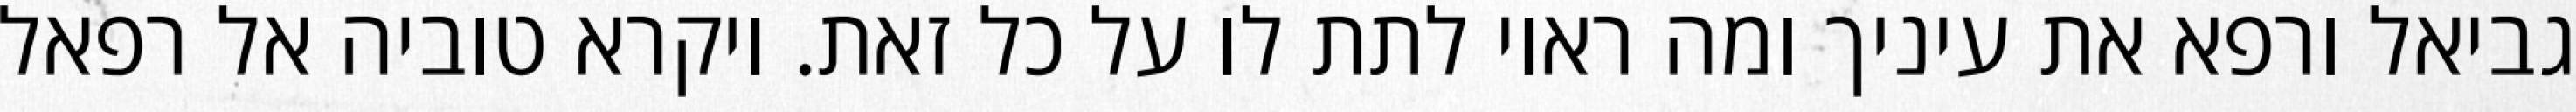
גביאל ורפא את עיניך ומה ראוי לתת לו על כל זאת. ויקרא טוביה אל רפאל